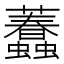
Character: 𧕷